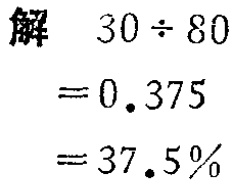
\[

\begin{align*}

\text{解} \quad 30\div80&\\

& = 0.375\\

& = 37.5\%

\end{align*}

\]